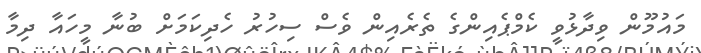
މައުމޫން ވިދާޅުވީ ކެމްޕެއިންގެ ތެރެއިން ވެސް ސިހުރު ހެދިކަމަށް ބުނާ މީހައާ ދިމާ